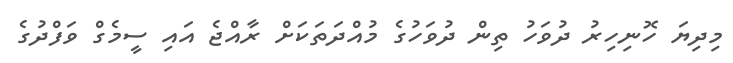
މިދިޔަ ހޮނިިހިރު ދުވަހު ތިން ދުވަހުގެ މުއްދަތަކަށް ރާއްޖެ އައި ސީމެގް ވަފްދުގެ